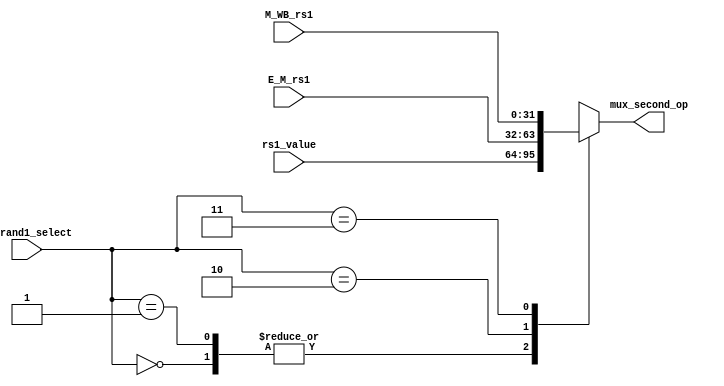
`timescale 1ns / 1ps
//////////////////////////////////////////////////////////////////////////////////
module Hazard_Operand1_Select(operand1_select, rs1_value, E_M_rs1, M_WB_rs1, mux_second_op);
    input [31:0] rs1_value, E_M_rs1, M_WB_rs1;
    input [1:0] operand1_select;
    output reg [31:0] mux_second_op;
    
    always @(*)
        case (operand1_select)
            2'b00 : mux_second_op = rs1_value;
            2'b01 : mux_second_op = rs1_value;
            2'b10 : mux_second_op = E_M_rs1;
            2'b11 : mux_second_op = M_WB_rs1;
        endcase
endmodule